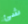
شئ